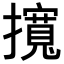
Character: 𢸎